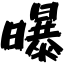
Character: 曝